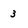
Character: 3